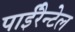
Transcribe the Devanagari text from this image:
पाईरैन्टेल